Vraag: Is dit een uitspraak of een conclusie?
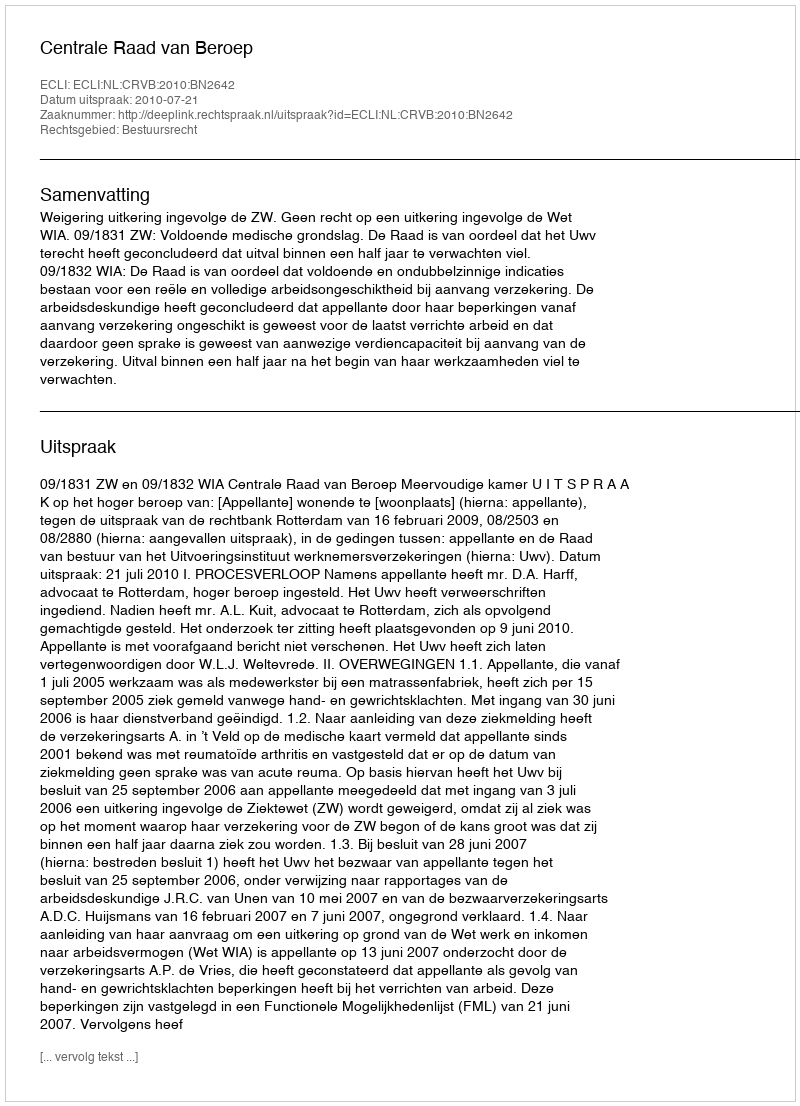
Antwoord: Uitspraak